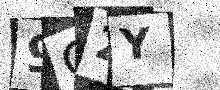
Text: 9G2Y